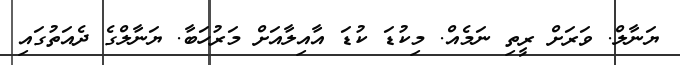
ޔަނާލް. ވަރަށް ރީތި ނަމެއް. މިކުޑަ ކުޑަ އާއިލާއަށް މަރުހަބާ. ޔަނާލްގެ ދެއަތުގައި